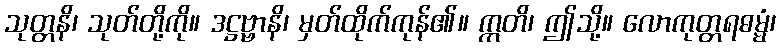
သုတ္တနိ၊ သုတ်တို့ကို။ ဒဋ္ဌဗ္ဗာနိ၊ မှတ်ထိုက်ကုန်၏။ ဣတိ၊ ဤသို့။ လောကုတ္တရဓမ္မံ၊